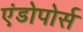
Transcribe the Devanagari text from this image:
एंडोपोर्स